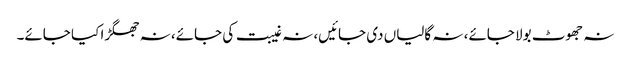
نہ جھوٹ بولا جائے، نہ گالیاں دی جائیں، نہ غیبت کی جائے، نہ جھگڑا کیا جائے۔